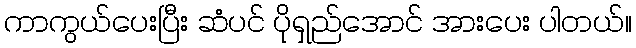
ကာကွယ်ပေးပြီး ဆံပင် ပိုရှည်အောင် အားပေး ပါတယ်။